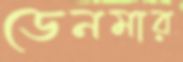
ডেনমার